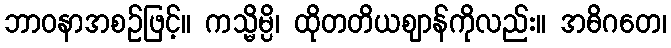
ဘာဝနာအစဉ်ဖြင့်။ ကသ္မိမ္ပိ၊ ထိုတတိယဈာန်ကိုလည်း။ အဓိဂတေ၊